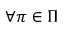
\forall \pi \in \Pi